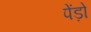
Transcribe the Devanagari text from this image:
पेंड़ो